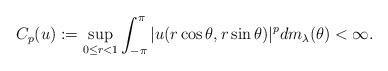
LaTeX: \begin{align*}C_p(u):=\sup_{0\le r<1}\int_{-\pi}^{\pi}|u(r\cos\theta,r\sin\theta)|^pdm_{\lambda}(\theta)<\infty.\end{align*}